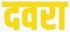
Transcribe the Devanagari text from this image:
दवरा